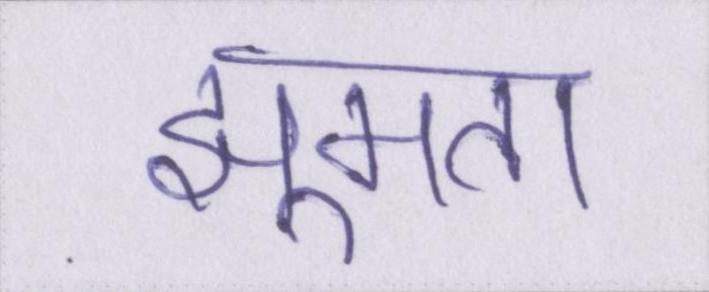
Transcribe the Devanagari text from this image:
झूमता